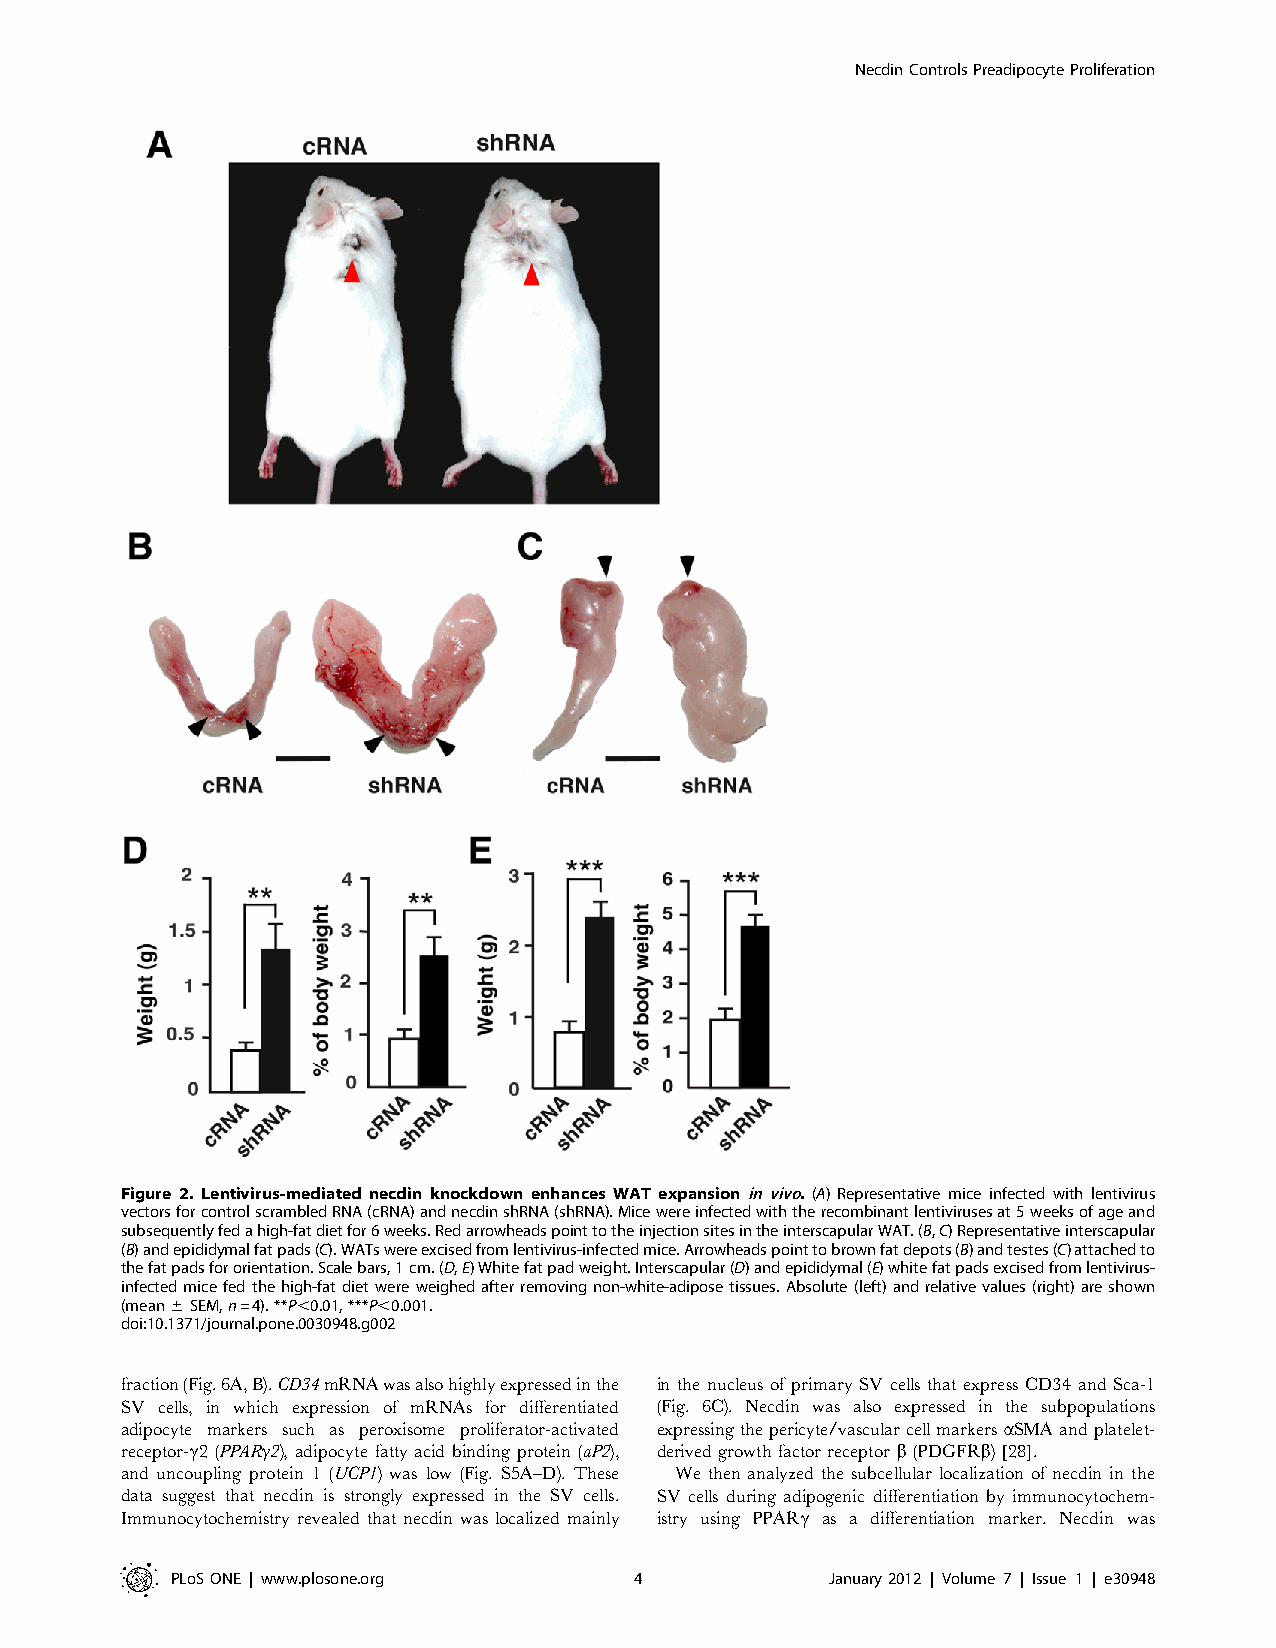
NecdinControlsPreadipocyteProliferation
 Figure 2. Lentivirus-mediated necdin knockdown enhances WAT expansion invivo. (A) Representative mice infected with lentivirus
 vectorsforcontrolscrambledRNA(cRNA)andnecdinshRNA(shRNA).Micewereinfectedwiththerecombinantlentivirusesat5weeksofageand
 subsequentlyfedahigh-fatdietfor6weeks.RedarrowheadspointtotheinjectionsitesintheinterscapularWAT.(B,C)Representativeinterscapular
 (B)andepididymalfatpads(C).WATswereexcisedfromlentivirus-infectedmice.Arrowheadspointtobrownfatdepots(B)andtestes(C)attachedto
 thefatpadsfororientation.Scalebars,1cm.(D,E)Whitefatpadweight.Interscapular(D)andepididymal(E)whitefatpadsexcisedfromlentivirus-
 infectedmicefedthehigh-fatdietwereweighedafterremovingnon-white-adiposetissues.Absolute(left)andrelativevalues(right)areshown
 (mean6SEM,n=4).**P,0.01,***P,0.001.
 doi:10.1371/journal.pone.0030948.g002
 fraction(Fig.6A,B).CD34mRNAwasalsohighlyexpressedinthe in the nucleus of primary SV cells that express CD34 and Sca-1
 SV cells, in which expression of mRNAs for differentiated (Fig. 6C). Necdin was also expressed in the subpopulations
 adipocyte markers such as peroxisome proliferator-activated expressingthepericyte/vascularcellmarkersaSMAandplatelet-
 receptor-c2 (PPARc2), adipocyte fatty acid binding protein (aP2), derived growthfactor receptor b(PDGFRb)[28].
 and uncoupling protein 1 (UCP1) was low (Fig. S5A–D). These We then analyzed the subcellular localization of necdin in the
 data suggest that necdin is strongly expressed in the SV cells. SV cells during adipogenic differentiation by immunocytochem-
 Immunocytochemistry revealed that necdin was localized mainly istry using PPARc as a differentiation marker. Necdin was
 PLoSONE | www.plosone.org      4            January2012 | Volume 7 | Issue 1 | e30948